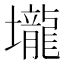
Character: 壠